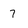
Character: 7